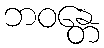
ဘဝန္တေ